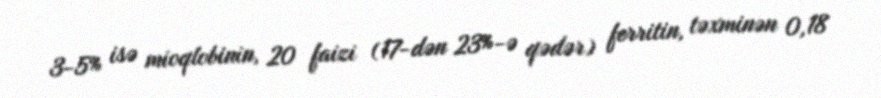
3-5% isə mioqlobinin, 20 faizi (17-dən 23%-ə qədər) ferritin, təxminən 0,18